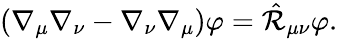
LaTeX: (\nabla_{\mu}\nabla_{\nu}-\nabla_{\nu}\nabla_{\mu})\varphi=\hat{\cal R}_{\mu\nu}\varphi.